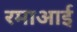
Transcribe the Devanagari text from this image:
रमाआई